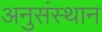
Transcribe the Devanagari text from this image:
अनुसंस्थान